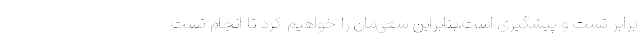
برابر تست و پیشگیری است،بنابراین سعی‌مان را خواهیم کرد تا انجام تست